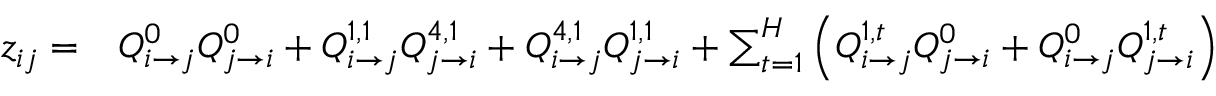
\begin{array} { r l } { z _ { i j } = } & { { } Q _ { i \rightarrow j } ^ { 0 } Q _ { j \rightarrow i } ^ { 0 } + Q _ { i \rightarrow j } ^ { 1 , 1 } Q _ { j \rightarrow i } ^ { 4 , 1 } + Q _ { i \rightarrow j } ^ { 4 , 1 } Q _ { j \rightarrow i } ^ { 1 , 1 } + \sum _ { t = 1 } ^ { H } \left( Q _ { i \rightarrow j } ^ { 1 , t } Q _ { j \rightarrow i } ^ { 0 } + Q _ { i \rightarrow j } ^ { 0 } Q _ { j \rightarrow i } ^ { 1 , t } \right) } \end{array}